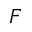
F